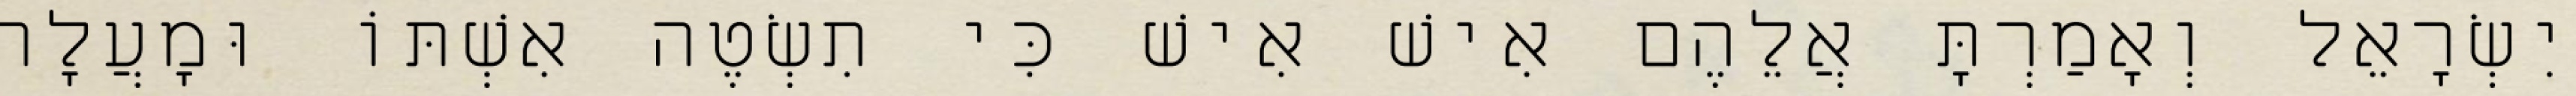
יִשְׂרָאֵל וְאָמַרְתָּ אֲלֵהֶם אִישׁ אִישׁ כִּי תִשְׂטֶה אִשְׁתּוֹ וּמָעֲלָה